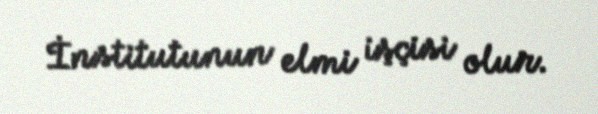
İnstitutunun elmi işçisi olur.